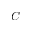
C